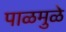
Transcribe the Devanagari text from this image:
पाळमुळे